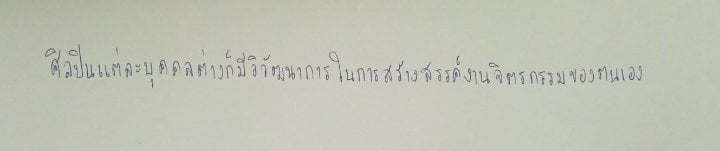
ศิลปินแต่ละบุคคลต่างก็มีวิวัฒนาการในการสร้างสรรค์งานจิตรกรรมของตนเอง